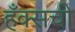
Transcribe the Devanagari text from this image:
हँक्सची